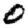
Digit: 0